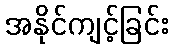
အနိုင်ကျင့်ခြင်း